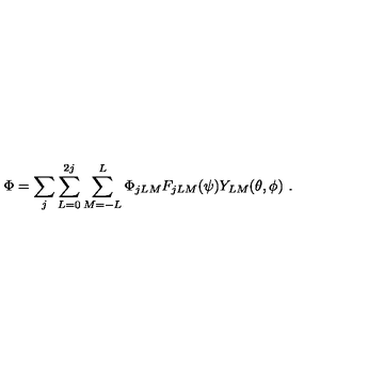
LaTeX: \Phi = \sum _ { j } \sum _ { L = 0 } ^ { 2 j } \sum _ { M = - L } ^ { L } \Phi _ { j L M } F _ { j L M } ( \psi ) Y _ { L M } ( \theta , \phi ) \ .